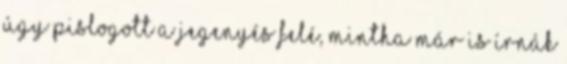
Úgy pislogott a jegenyés felé, mintha már is írnák